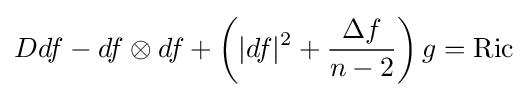
Ddf-df\otimes df+\left(|df|^{2}+{\frac {\Delta f}{n-2}}\right)g=\operatorname {Ric}